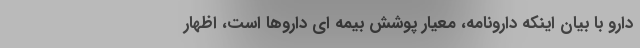
دارو با بیان اینکه دارونامه، معیار پوشش بیمه ای داروها است، اظهار